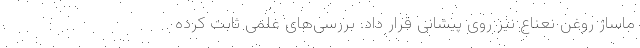
ماساژ روغن نعناع نیز روی پیشانی قرار داد. بررسی‌های علمی ثابت کرده